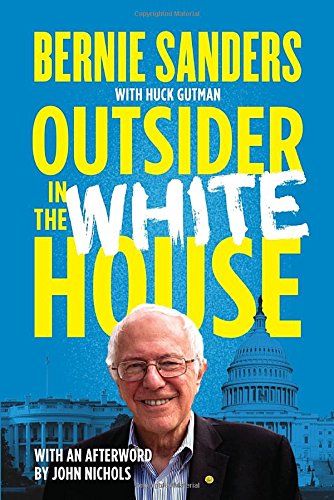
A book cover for Outsider in the White House; Bernie Sanders; Biographies & Memoirs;